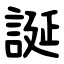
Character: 誕